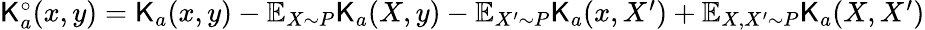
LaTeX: \begin{array}{r}{{\mathsf K}_{a}^{\circ}(x,y)={\mathsf K}_{a}(x,y)-\mathbb{E}_{X\sim P}{\mathsf K}_{a}(X,y)-\mathbb{E}_{X^{\prime}\sim P}{\mathsf K}_{a}(x,X^{\prime})+\mathbb{E}_{X,X^{\prime}\sim P}{\mathsf K}_{a}(X,X^{\prime})}\end{array}